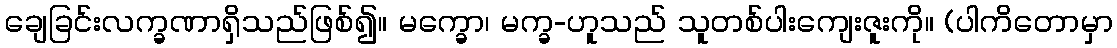
ချေခြင်းလက္ခဏာရှိသည်ဖြစ်၍။ မက္ခော၊ မက္ခ-ဟူသည် သူတစ်ပါးကျေးဇူးကို။ (ပါကိတောမှာ